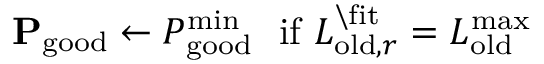
\mathbf { P } _ { \mathrm { g o o d } } \leftarrow P _ { \mathrm { g o o d } } ^ { \mathrm { m i n } } \ \ \mathrm { i f } \ L _ { \mathrm { o l d } , r } ^ { \backslash \mathrm { f i t } } = L _ { \mathrm { o l d } } ^ { \mathrm { m a x } }